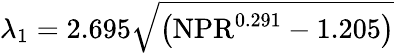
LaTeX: \lambda_{1}=2.695\sqrt{\left(\mathrm{NPR}^{0.291}-1.205\right)}